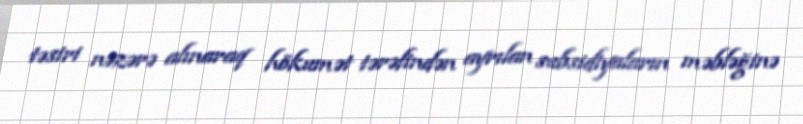
təsiri nəzərə alınaraq hökumət tərəfindən ayrılan subsidiyaların məbləğinə